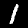
Label: 1